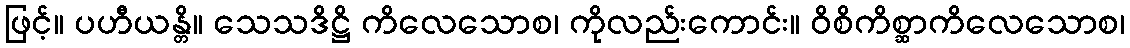
ဖြင့်။ ပဟီယန္တိ။ သေသဒိဋ္ဌိ ကိလေသောစ၊ ကိုလည်းကောင်း။ ဝိစိကိစ္ဆာကိလေသောစ၊